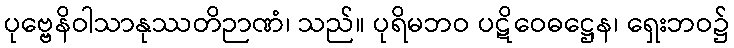
ပုဗ္ဗေနိဝါသာနုဿတိဉာဏံ၊ သည်။ ပုရိမဘဝ ပဋိဝေဓဋ္ဌေန၊ ရှေးဘဝ၌